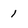
Character: 1